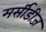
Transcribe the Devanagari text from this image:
मर्सीडीज